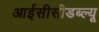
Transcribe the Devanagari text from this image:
आईसीसीडब्‍ल्‍यू